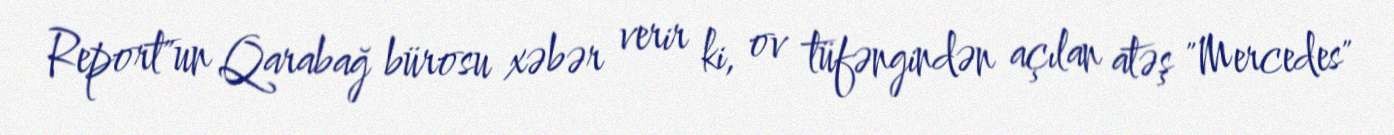
Report"un Qarabağ bürosu xəbər verir ki, ov tüfəngindən açılan atəş "Mercedes"